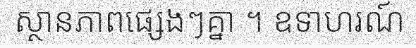
ស្ថានភាពផ្សេងៗគ្នា ។ ឧទាហរណ៍